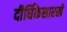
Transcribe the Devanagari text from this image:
दीर्घिकेसारखे